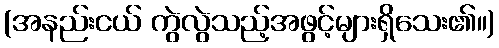
(အနည်းငယ် ကွဲလွဲသည့်အဖွင့်များရှိသေး၏။)